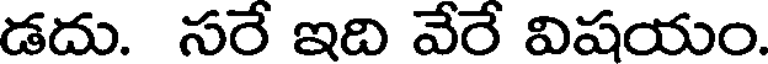
డదు. సరే ఇది వేరే విషయం.